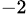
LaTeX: ^{-2}